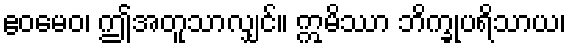
ဧဝမေဝ၊ ဤအတူသာလျှင်။ ဣမိဿာ ဘိက္ခုပရိသာယ၊